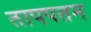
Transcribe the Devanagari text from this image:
तापपतन